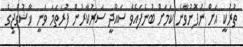
ތުރުކީ އަށް ނުފޮނުވާނެ ކަމަށް ބުނެފައެވެ ސައޫދީ ސަރުކާރުން ފުރަތަމަ ވަނީ ޚާޝުގްޖީގެ